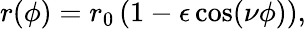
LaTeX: r(\phi)=r_{0}\left(1-\epsilon\cos(\nu\phi)\right),